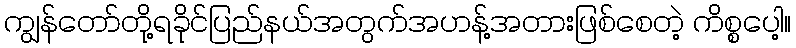
ကျွန်တော်တို့ရခိုင်ပြည်နယ်အတွက်အဟန့်အတားဖြစ်စေတဲ့ ကိစ္စပေါ့။